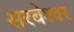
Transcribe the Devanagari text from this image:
सरबेश्‍वर